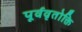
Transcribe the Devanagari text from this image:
पूर्ववृतोक्ति